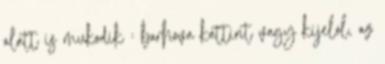
alatt is mukodik : barhova kattint vagy kijelol, az